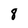
Character: 8